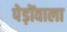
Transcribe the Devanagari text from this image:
पेड़ोंवाला